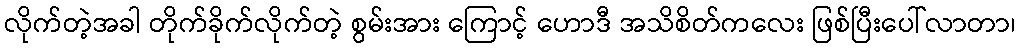
လိုက်တဲ့အခါ တိုက်ခိုက်လိုက်တဲ့ စွမ်းအား ကြောင့် ဟောဒီ အသိစိတ်ကလေး ဖြစ်ပြီးပေါ်လာတာ၊